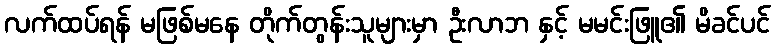
လက်ထပ်ရန် မဖြစ်မနေ တိုက်တွန်းသူများမှာ ဦးလာဘ နှင့် မမင်းဖြူ၏ မိခင်ပင်